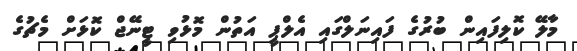
މާލޭ ކޮލިފައިން ބުރުގެ ފައިނަލްގައި އެލްޕީ އަތުން މޮޅުވި ޓީނޭޖް ކޮޅަށް މެޗުގެ